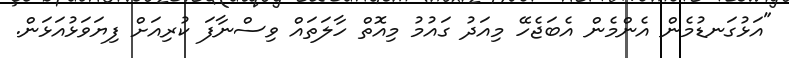
"އަޅުގަނޑުމެން އެންމެން އެބަޖެހޭ މިއަދު ގައުމު މިއޮތް ހާލަތައް ވިސްނާފަ ކުރިއަށް ފިޔަވަޅުއަޅަން.